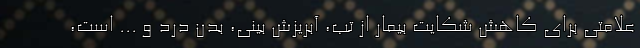
علامتی برای کاهش شکایت بیمار از تب، آبریزش بینی، بدن درد و ... است،